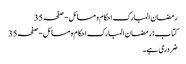
رمضان المبارک احکام و مسائل - صفحہ 35
کتاب: رمضان المبارک احکام و مسائل - صفحہ 35
ضروری ہے۔